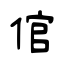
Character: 倌